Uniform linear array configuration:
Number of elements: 4
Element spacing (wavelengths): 0.75
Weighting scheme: blackman
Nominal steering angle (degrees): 30
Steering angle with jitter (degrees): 28.623
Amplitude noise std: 0.05
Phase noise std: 0.05

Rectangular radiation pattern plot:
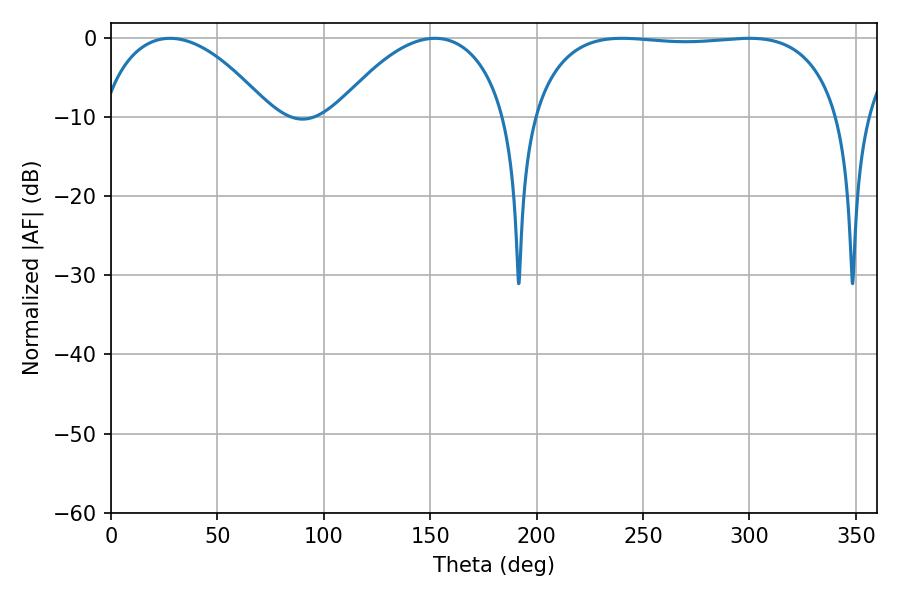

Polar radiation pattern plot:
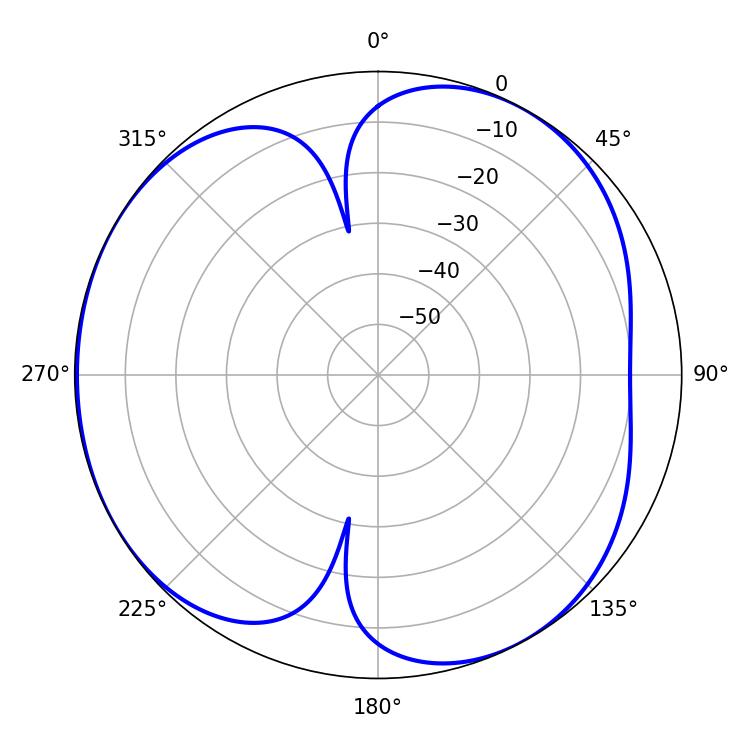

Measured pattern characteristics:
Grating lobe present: TRUE
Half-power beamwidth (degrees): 115.2
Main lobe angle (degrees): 299.88